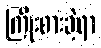
ကြိုးစားခဲ့ရာ